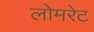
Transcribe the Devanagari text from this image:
लोमरेट